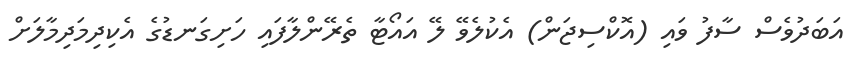
އަބަދުވެސް ސާފު ވައި (އޮކްސިޖަން) އެކުލެވޭ ލޭ އައޯޓާ ތެރޭންލާފައި ހަށިގަނޑުގެ އެކިދިމަދިމާލަށް